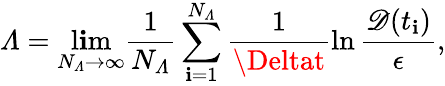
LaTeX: \varLambda=\operatorname*{l\mathbf{i}m}_{N_{\varLambda}\to\infty}\frac{{1}}{{N_{\varLambda}}}\sum_{\mathbf{i}=1}^{N_{\varLambda}}\frac{{1}}{{\Deltat}}\ln\frac{{\mathscr{{D}}(t_{\mathbf{i}})}}{{\epsilon}},